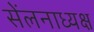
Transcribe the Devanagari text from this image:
सेंलनाध्यक्ष